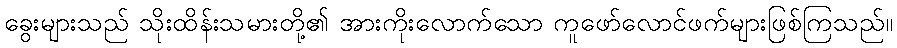
ခွေးများသည် သိုးထိန်းသမားတို့၏ အားကိုးလောက်သော ကူဖော်လောင်ဖက်များဖြစ်ကြသည်။